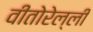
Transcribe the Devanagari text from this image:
वीतोरेल्ली